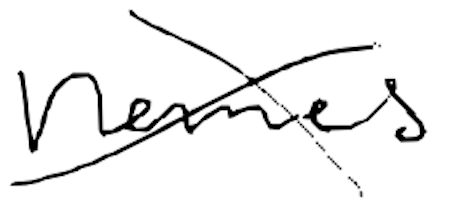
Text: names
Cross-out: cross
Writing tool: digital_black